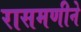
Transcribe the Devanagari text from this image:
रासमणीने